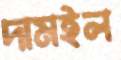
দামইল